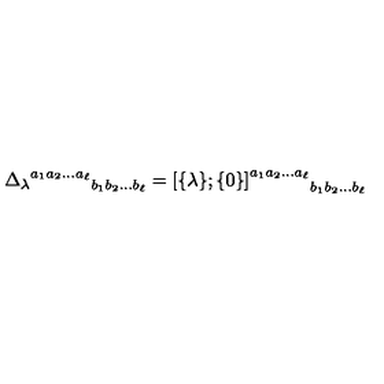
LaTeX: { { \Delta _ { \lambda } } ^ { a _ { 1 } a _ { 2 } \ldots a _ { \ell } } } _ { b _ { 1 } b _ { 2 } \ldots b _ { \ell } } = { { [ } { \{ } \lambda { \} } ; { \{ } 0 { \} } { ] } ^ { a _ { 1 } a _ { 2 } \ldots a _ { \ell } } } _ { b _ { 1 } b _ { 2 } \ldots b _ { \ell } }